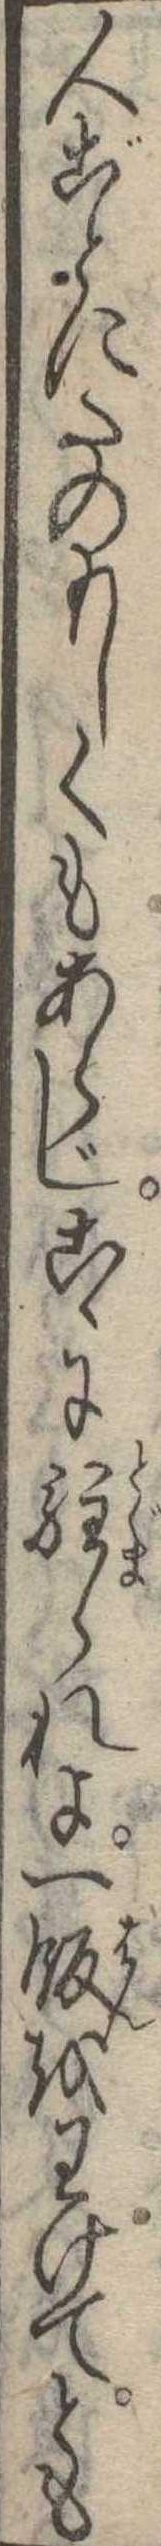
人ごとにたのもしくもあらじこゝに駐られよ一飯をわけてとも